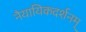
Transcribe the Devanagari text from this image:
नैयायिकदर्शनम्